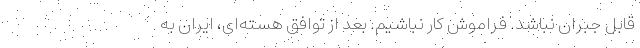
قابل جبران نباشد. فراموش کار نباشیم. بعد از توافق هسته‌ای، ایران به